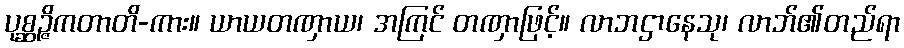
ပုစ္ဆဉ္ဇိကတာတိ-ကား။ ယာယတဏှာယ၊ အကြင် တဏှာဖြင့်။ လာဘဌာနေသု၊ လာဘ်၏တည်ရာ